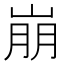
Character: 崩